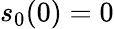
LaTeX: s_{0}(0)=0